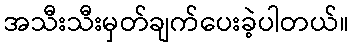
အသီးသီးမှတ်ချက်ပေးခဲ့ပါတယ်။